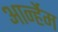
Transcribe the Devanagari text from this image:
आर्न्हेम